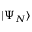
\ensuremath { \vert \Psi _ { N } \rangle }